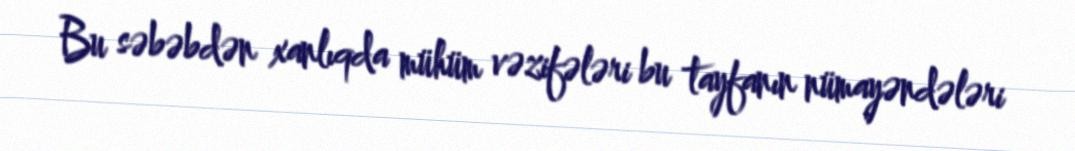
Bu səbəbdən xanlıqda mühüm vəzifələri bu tayfanın nümayəndələri